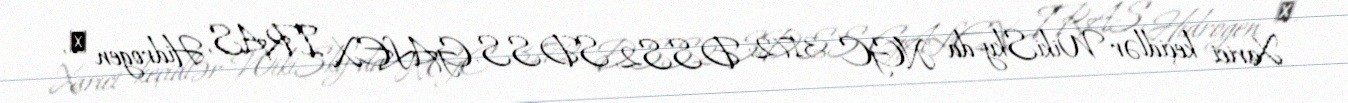
Xarici keçidlər WikiSky-da NGC 3172: DSS2, SDSS, GALEX, IRAS, Hidrogen α,